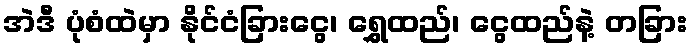
အဲဒီ ပုံစံထဲမှာ နိုင်ငံခြားငွေ၊ ရွှေထည်၊ ငွေထည်နဲ့ တခြား